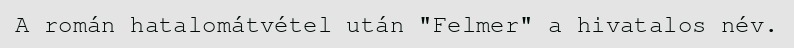
A román hatalomátvétel után "Felmer" a hivatalos név.